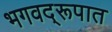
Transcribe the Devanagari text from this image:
भगवद्‌रूपात